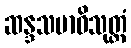
ဆန္ဒသမာဓိသုတ္တံ